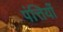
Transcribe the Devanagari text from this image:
पंत्तियों